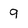
Character: 9